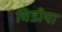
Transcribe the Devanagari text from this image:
चिडीया